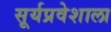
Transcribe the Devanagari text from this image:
सूर्यप्रवेशाला